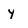
Character: y